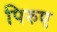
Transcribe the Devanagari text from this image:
पिरुए